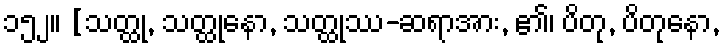
၁၅၂။ [သတ္ထု, သတ္ထုနော, သတ္ထုဿ-ဆရာအား, ၏၊ ပိတု, ပိတုနော,